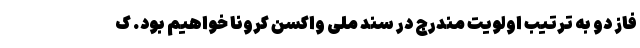
فاز دو به ترتیب اولویت مندرج در سند ملی واکسن کرونا خواهیم بود. ک